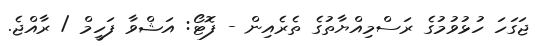
ޖަގަހަ ހުޅުވުމުގެ ރަސްމިއްޔާތުގެ ތެރެއިން - ފޮޓޯ: އަޝްވާ ފަހީމް / ރާއްޖެ.